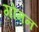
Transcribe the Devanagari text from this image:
गोमन